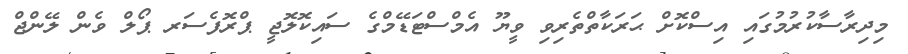
މިދިރާސާކުރުމުގައި އިސްކޮށް ޙަރަކާތްތެރިވި ވީޔޫ އެމްސްޓަޑޭމްގެ ސައިކޮލޮޖީ ޕްރޮފެސަރ ޕޯލް ވެން ލޭންޖް